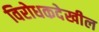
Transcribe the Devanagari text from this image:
विरोधकदेखील